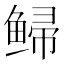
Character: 𫚡